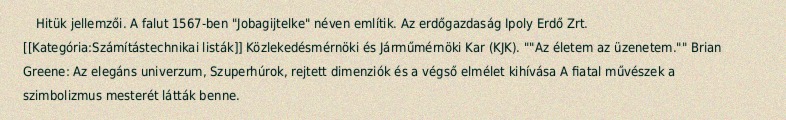
Hitük jellemzői. A falut 1567-ben "Jobagijtelke" néven említik. Az erdőgazdaság Ipoly Erdő Zrt. [[Kategória:Számítástechnikai listák]] Közlekedésmérnöki és Járműmérnöki Kar (KJK). ""Az életem az üzenetem."" Brian Greene: Az elegáns univerzum, Szuperhúrok, rejtett dimenziók és a végső elmélet kihívása A fiatal művészek a szimbolizmus mesterét látták benne.